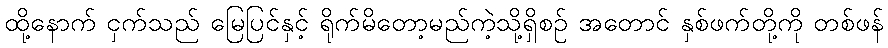
ထို့နောက် ငှက်သည် မြေပြင်နှင့် ရိုက်မိတော့မည်ကဲ့သို့ရှိစဉ် အတောင် နှစ်ဖက်တို့ကို တစ်ဖန်